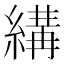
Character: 𦃪